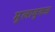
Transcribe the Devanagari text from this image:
मुलावुकड